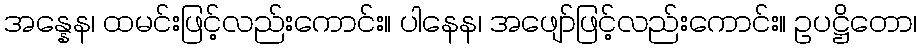
အန္နေန၊ ထမင်းဖြင့်လည်းကောင်း။ ပါနေန၊ အဖျော်ဖြင့်လည်းကောင်း။ ဥပဋ္ဌိတော၊